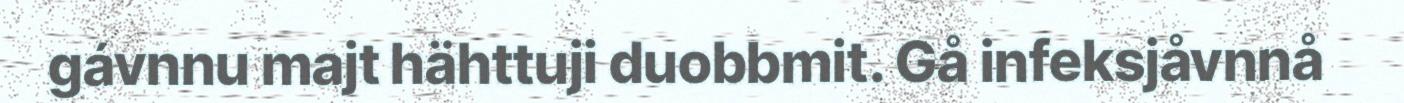
gávnnu majt hähttuji duobbmit. Gå infeksjåvnnå